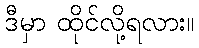
ဒီမှာ ထိုင်လို့ရလား။